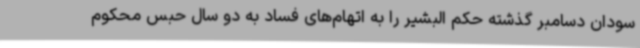
سودان دسامبر گذشته حکم البشیر را به اتهام‌های فساد به دو سال حبس محکوم